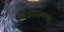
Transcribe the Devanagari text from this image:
गया।२००५